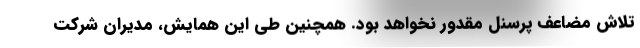
تلاش مضاعف پرسنل مقدور نخواهد بود. همچنین طی این همایش، مدیران شرکت